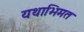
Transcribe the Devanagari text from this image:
यथाभिमत